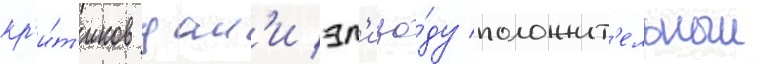
кр'и́т'иков дал'и эп'изо́ду положит'ельныи